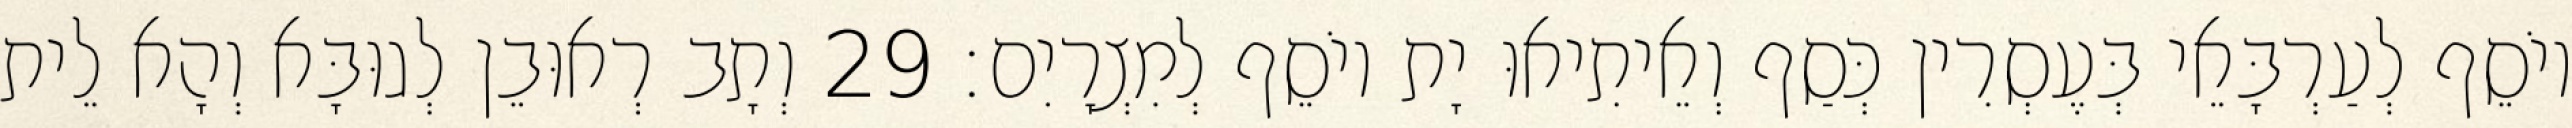
יוֹסֵף לְעַרְבָּאֵי בְּעֶסְרִין כְּסַף וְאֵיתִיאוּ יָת יוֹסֵף לְמִצְרָיִם׃ 29 וְתָב רְאוּבֵן לְגוּבָּא וְהָא לֵית